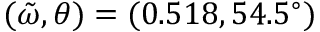
( \tilde { \omega } , \theta ) = ( 0 . 5 1 8 , 5 4 . 5 ^ { \circ } )